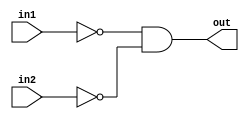
module NOR(out,in1,in2);
output out;
input in1,in2;
wire in1bar,in2bar,w;
nand(in1bar,in1,in1);
nand(in2bar,in2,in2);
nand(w,in1bar,in2bar);
nand(out,w,w);
endmodule